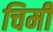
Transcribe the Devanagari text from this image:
चिमी